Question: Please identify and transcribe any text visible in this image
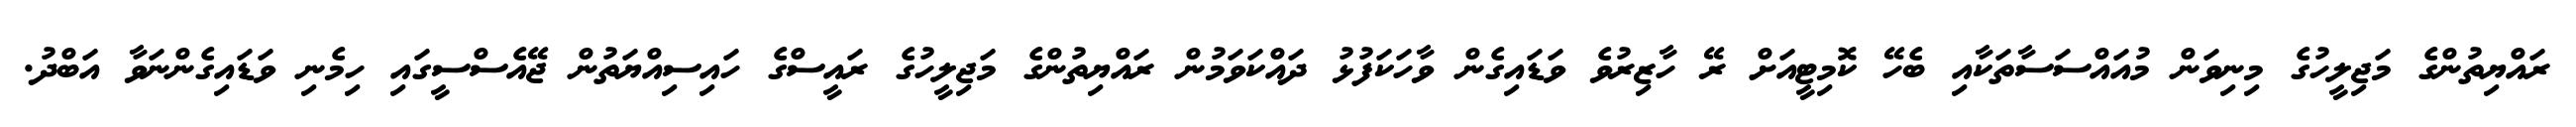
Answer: ރައްޔިތުންގެ މަޖިލީހުގެ މިނިވަން މުއައްސަސާތަކާއި ބެހޭ ކޮމިޓީއަށް ރޭ ހާޒިރުވެ ވަޑައިގެން ވާހަކަފުޅު ދައްކަވަމުން ރައްޔިތުންގެ މަޖިލީހުގެ ރައީސްގެ ހައިސިއްޔަތުން ޖޭއެސްސީގައި ހިމެނި ވަޑައިގެންނަވާ އަބްދު.